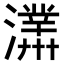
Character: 𤃊